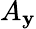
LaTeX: A_{\mathbf{y}}